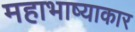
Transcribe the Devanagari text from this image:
महाभाष्याकार